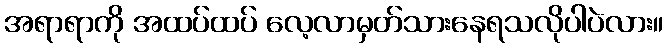
အရာရာကို အထပ်ထပ် လေ့လာမှတ်သားနေရသလိုပါပဲလား။